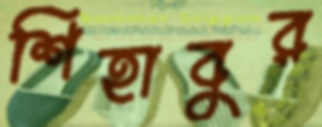
শিহাবুর